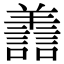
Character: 譱